Annual administration report of the Civil Veterinary Department of India - 1897-1898
Year: 1897
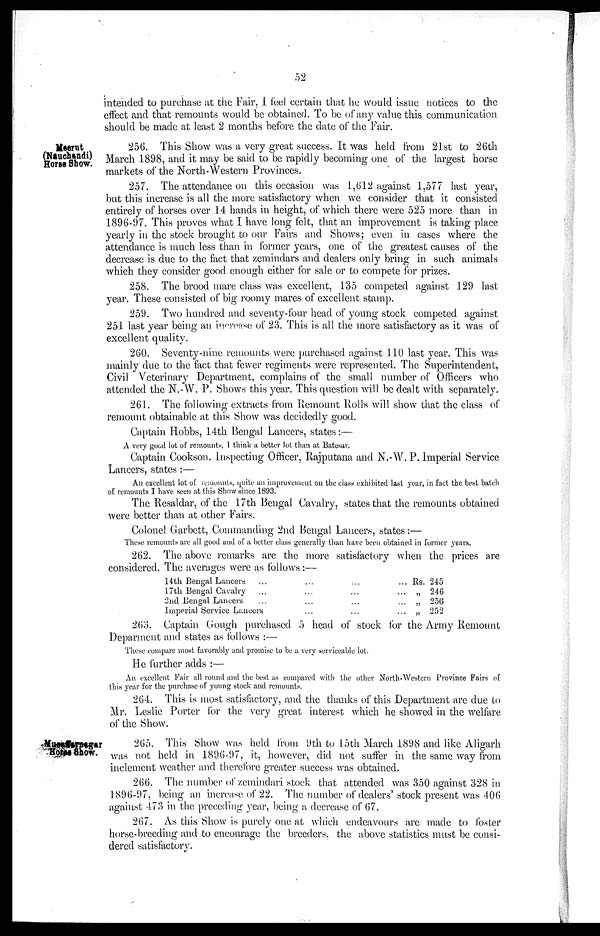
52
intended to purchase at the Fair, I feel certain that he would issue notices to the
effect and that remounts would be obtained. To be of any value this communication
should be made at least 2 months before the date of the Fair.
Meerut
(Nauchandi)
Horse Show.
256. This Show was a very great success. It was held from 21st to 26th
March 1898, and it may be said to be rapidly becoming one of the largest horse
markets of the North-Western Provinces.
257. The attendance on this occasion was 1,612 against 1,577 last year,
but this increase is all the more satisfactory when we consider that it consisted
entirely of horses over 14 hands in height, of which there were 525 more than in
1896-97. This proves what I have long felt, that an improvement is taking place
yearly in the stock brought to our Fairs and Shows; even in cases where the
attendance is much less than in former years, one of the greatest causes of the
decrease is due to the fact that zemindars and dealers only bring in such animals
which they consider good enough either for sale or to compete for prizes.
258. The brood mare class was excellent, 135 competed against 129 last
year. These consisted of big roomy mares of excellent stamp.
259. Two hundred and seventy-four head of young stock competed against
251 last year being an increase of 23. This is all the more satisfactory as it was of
excellent quality.
260. Seventy-nine remounts were purchased against 110 last year. This was
mainly due to the fact that fewer regiments were represented. The Superintendent,
Civil Veterinary Department, complains of the small number of Officers who
attended the N.-W. P. Shows this year. This question will be dealt with separately.
261. The following extracts from Remount Rolls will show that the class of
remount obtainable at this Show was decidedly good.
Captain Hobbs, 14th Bengal Lancers, states:—
A very good lot of remounts. I think a better lot than at Batesar.
Captain Cookson. Inspecting Officer, Rajputana and N.-W. P. Imperial Service
Lancers, states:—
An excellent lot of remounts, quite an improvement on the class exhibited last year, in fact the best batch
of remounts I have seen at this Show since 1893.
The Resaldar, of the 17th Bengal Cavalry, states that the remounts obtained
were better than at other Fairs.
Colonel Garbett, Commanding 2nd Bengal Lancers, states:—
These remounts are all good and of a better class generally than have been obtained in former years.
262. The above remarks are the more satisfactory when the prices are
considered. The averages were as follows:—
14th Bengal Lancers ...
17th Bengal Cavalry ...
2nd Bengal Lancers ...
Imperial Service Lancers
...
...
...
...
...
...
...
...
...
...
...
...
Rs. 245
„ 246
„ 256
„ 252
263. Captain Gough purchased 5 head of stock for the Army Remount
Deparment and states as follows:—
These compare most favorably and promise to be a very serviceable lot.
He further adds:—
An excellent Fair all round and the best as compared with the other North-Western Province Fairs of
this year for the purchase of young stock and remounts.
264. This is most satisfactory, and the thanks of this Department are due to
Mr. Leslie Porter for the very great interest which he showed in the welfare
of the Show.
Musaffarnagar
Horse Show.
265. This Show was held from 9th to 15th March 1898 and like Aligarh
was not held in 1896-97, it, however, did not suffer in the same way from
inclement weather and therefore greater success was obtained.
266. The number of zemindari stock that attended was 350 against 328 in
1896-97, being an increase of 22. The number of dealers' stock present was 406
against 473 in the preceding year, being a decrease of 67.
267. As this Show is purely one at which endeavours are made to foster
horse-breeding and to encourage the breeders, the above statistics must be consi-
dered satisfactory.